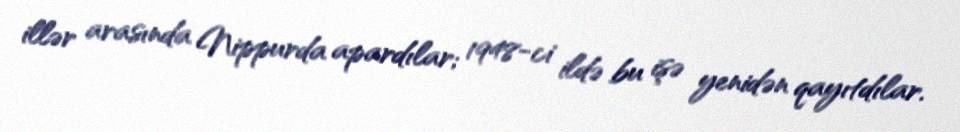
illər arasında Nippurda apardılar; 1948-ci ildə bu işə yenidən qayıtdılar.